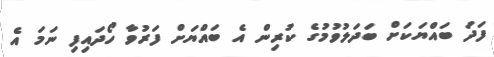
ފަދަ ބައްޔަކަށް ބަދަލުވުމުގެ ކުރިން އެ ބައްޔަށް ފަރުވާ ހޯދައިފި ނަމަ އެ